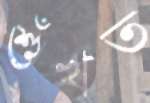
শুঁখত